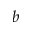
b